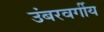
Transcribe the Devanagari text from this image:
उंबरवर्गीय